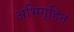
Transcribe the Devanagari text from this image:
अभिगृहित